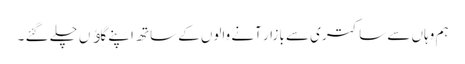
ہم وہاں سے ساکتری سے بازار آنے والوں کے ساتھ اپنے گاﺅں چلے گئے ۔